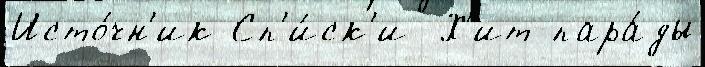
Исто́чн'ик Сп'и́ск'и  Х'ит-пара́ды